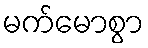
မက်မောစွာ